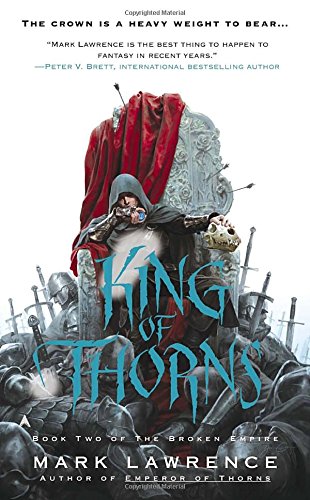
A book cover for King of Thorns  (The Broken Empire); Mark Lawrence; Science Fiction & Fantasy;